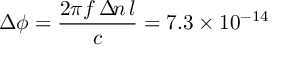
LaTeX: \Delta \phi = \frac { 2 \pi f \, \Delta \! n \, l } c = 7 . 3 \times 1 0 ^ { - 1 4 }